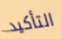
التأكيد